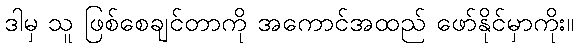
ဒါမှ သူ ဖြစ်စေချင်တာကို အကောင်အထည် ဖော်နိုင်မှာကိုး။